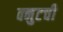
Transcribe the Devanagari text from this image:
क्नुटची